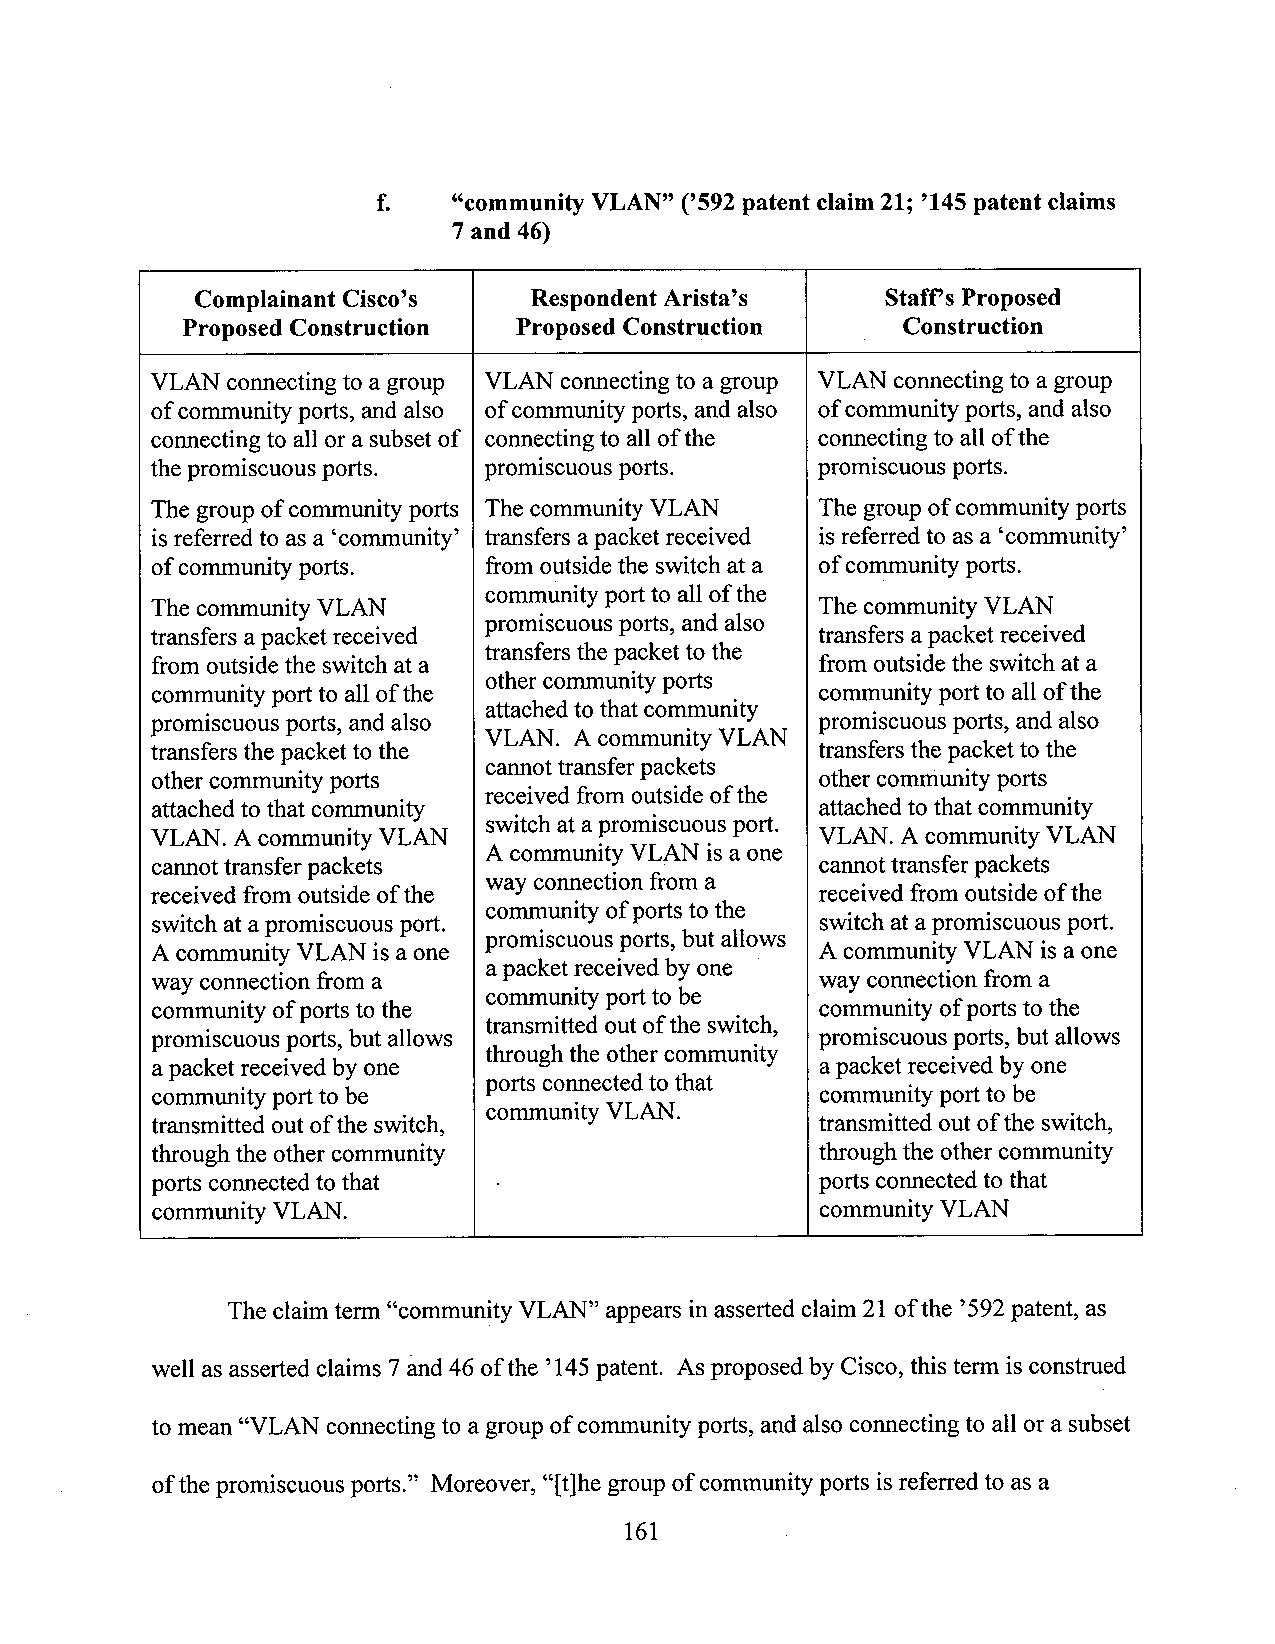
community VLAN” (’592patent claim 21; ’145patent claims
 f‘   ‘G
 7 and 46)
 Complainant Cisco’s   Respondent Arista’s     Staffs Proposed
 Proposed Construction Proposed Construction     Construction
 VLAN connecting to a group VLAN connecting to a group VLAN connecting to a group
 ofcommunity ports, and also ofcommunityports, and also of communitypons, and also
 connecting to all or a subset of connecting to all ofthe connectingto all ofthe
 thepromiscuous ports. promiscuous ports.    promiscuous ports.
 The groupof community ports The community VLAN The groupof communityports
 isreferred to as a ‘community’ transfers apacket received is referred to as a ‘community’
 ofcommunityports.     from outside the switch at a ofcommunityports.
 community portto all ofthe
 The community VLAN                          The community VLAN
 promiscuous ports, and also
 transfers apacket received                  transfers apacket received
 transfers the packet to the
 from outside the switch at a                from outside the switch at a
 other community ports
 community port to all ofthe                 communityport to allofthe
 attachedto that community
 promiscuous ports, andalso                  promiscuous ports, and also
 VLAN. A community VLAN
 transfers the packet to the                 transfers the packet to the
 cannottransfer packets
 other community ports                       other community ports
 received from outside ofthe
 attached to that community                  attachedto that community
 switch at apromiscuous port.
 VLAN. Acommunity VLAN                       VLAN. A community VLAN
 A community VLAN isa one
 camiottransfer packets                      cannottransfer packets
 received from outside ofthe way connection from a received from outside ofthe
 community ofportsto the
 switch at apromiscuous port.                switchat apromiscuous port.
 promiscuous ports, but allows
 A community VLAN is a one                   A community VLAN is a one
 apacket received by one
 Wayconnection from a                        way connection from a
 community port to be
 community of portstothe                     community ofportsto the
 transmitted outofthe switch,
 promiscuous ports, but allows               promiscuous ports, but allows
 throughthe other community
 apacket received by one                     apacket received by one
 ports comiectedto that
 community port to be                        community port to be
 community VLAN.
 transmitted outofthe switch,                transmitted out ofthe switch,
 through the other community                 throughthe other community
 ports connected to that                     ports connectedto that
 commwiity VLAN.                             community VLAN
 The claim term “community VLAN” appears in asserted claim 21 ofthe ’592patent, as
 well as asserted claims 7and 46 ofthe ’145patent. As proposed by Cisco, this term is construed
 to mean “VLAN connecting to a group of community ports, and also connecting to all or a subset
 ofthe promiscuous ports.” Moreover, “[t]he group of community ports isreferred to as a
 l6l